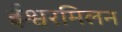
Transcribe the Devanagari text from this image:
ईश्वरमिलन